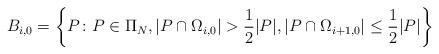
LaTeX: \begin{align*}B_{i,0}=\left\{P\colon P\in\Pi_{N},\vert P\cap\Omega_{i,0}\vert>\frac{1}{2}\vert P\vert,\vert P\cap\Omega_{i+1,0}\vert\leq\frac{1}{2}\vert P\vert\right\}\end{align*}